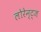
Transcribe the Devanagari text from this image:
लोरेन्ट्ज